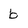
Character: b